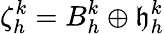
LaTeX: \zeta_{h}^{k}=B_{h}^{k}\oplus\mathfrak{h}_{h}^{k}